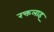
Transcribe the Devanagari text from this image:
रक्तलाइ